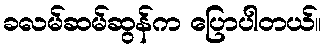
ခလမ်ဆမ်ဆွန်က ပြောပါတယ်။